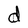
Character: d